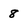
Character: 8